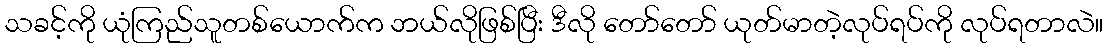
သခင့်ကို ယုံကြည်သူတစ်ယောက်က ဘယ်လိုဖြစ်ပြီး ဒီလို တော်တော် ယုတ်မာတဲ့လုပ်ရပ်ကို လုပ်ရတာလဲ။